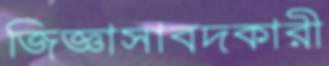
জিজ্ঞাসাবদকারী